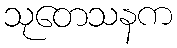
သုတေသနက